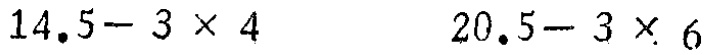
$14.5 - 3\times4\quad 20.5 - 3\times6$